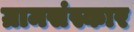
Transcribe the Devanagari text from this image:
ग्रामसंस्कार